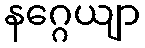
နဂ္ဂေယျာ